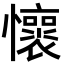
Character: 𫻡